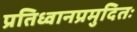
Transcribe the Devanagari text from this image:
प्रतिध्वानप्रमुदितः